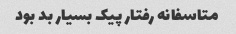
متاسفانه رفتار پیک بسیار بد بود